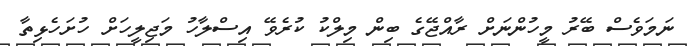
ނަމަވެސް ބޭރު މީހުންނަށް ރާއްޖޭގެ ބިން މިލްކު ކުރެވޭ އިސްލާހު މަޖިލީހަށް ހުށަހެޅިތާ